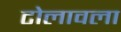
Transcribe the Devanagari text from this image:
टोलावला